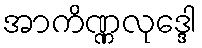
အာကိဏ္ဏလုဒ္ဒေါ